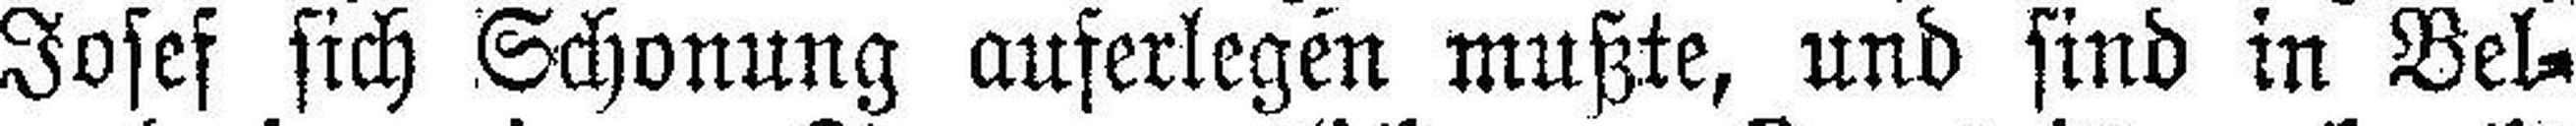
Josef sich Schonung auferlegen mußte, und sind in Bel¬